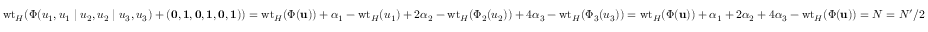
\mathrm { w t } _ { H } ( \Phi ( u _ { 1 } , u _ { 1 } \mid u _ { 2 } , u _ { 2 } \mid u _ { 3 } , u _ { 3 } ) + ( { \mathbf { 0 } } , { \mathbf { 1 } } , { \mathbf { 0 } } , { \mathbf { 1 } } , { \mathbf { 0 } } , { \mathbf { 1 } } ) ) = \mathrm { w t } _ { H } ( \Phi ( \mathbf { u } ) ) + \alpha _ { 1 } - \mathrm { w t } _ { H } ( u _ { 1 } ) + 2 \alpha _ { 2 } - \mathrm { w t } _ { H } ( \Phi _ { 2 } ( u _ { 2 } ) ) + 4 \alpha _ { 3 } - \mathrm { w t } _ { H } ( \Phi _ { 3 } ( u _ { 3 } ) ) = \mathrm { w t } _ { H } ( \Phi ( \mathbf { u } ) ) + \alpha _ { 1 } + 2 \alpha _ { 2 } + 4 \alpha _ { 3 } - \mathrm { w t } _ { H } ( \Phi ( \mathbf { u } ) ) = N = N ^ { \prime } / 2